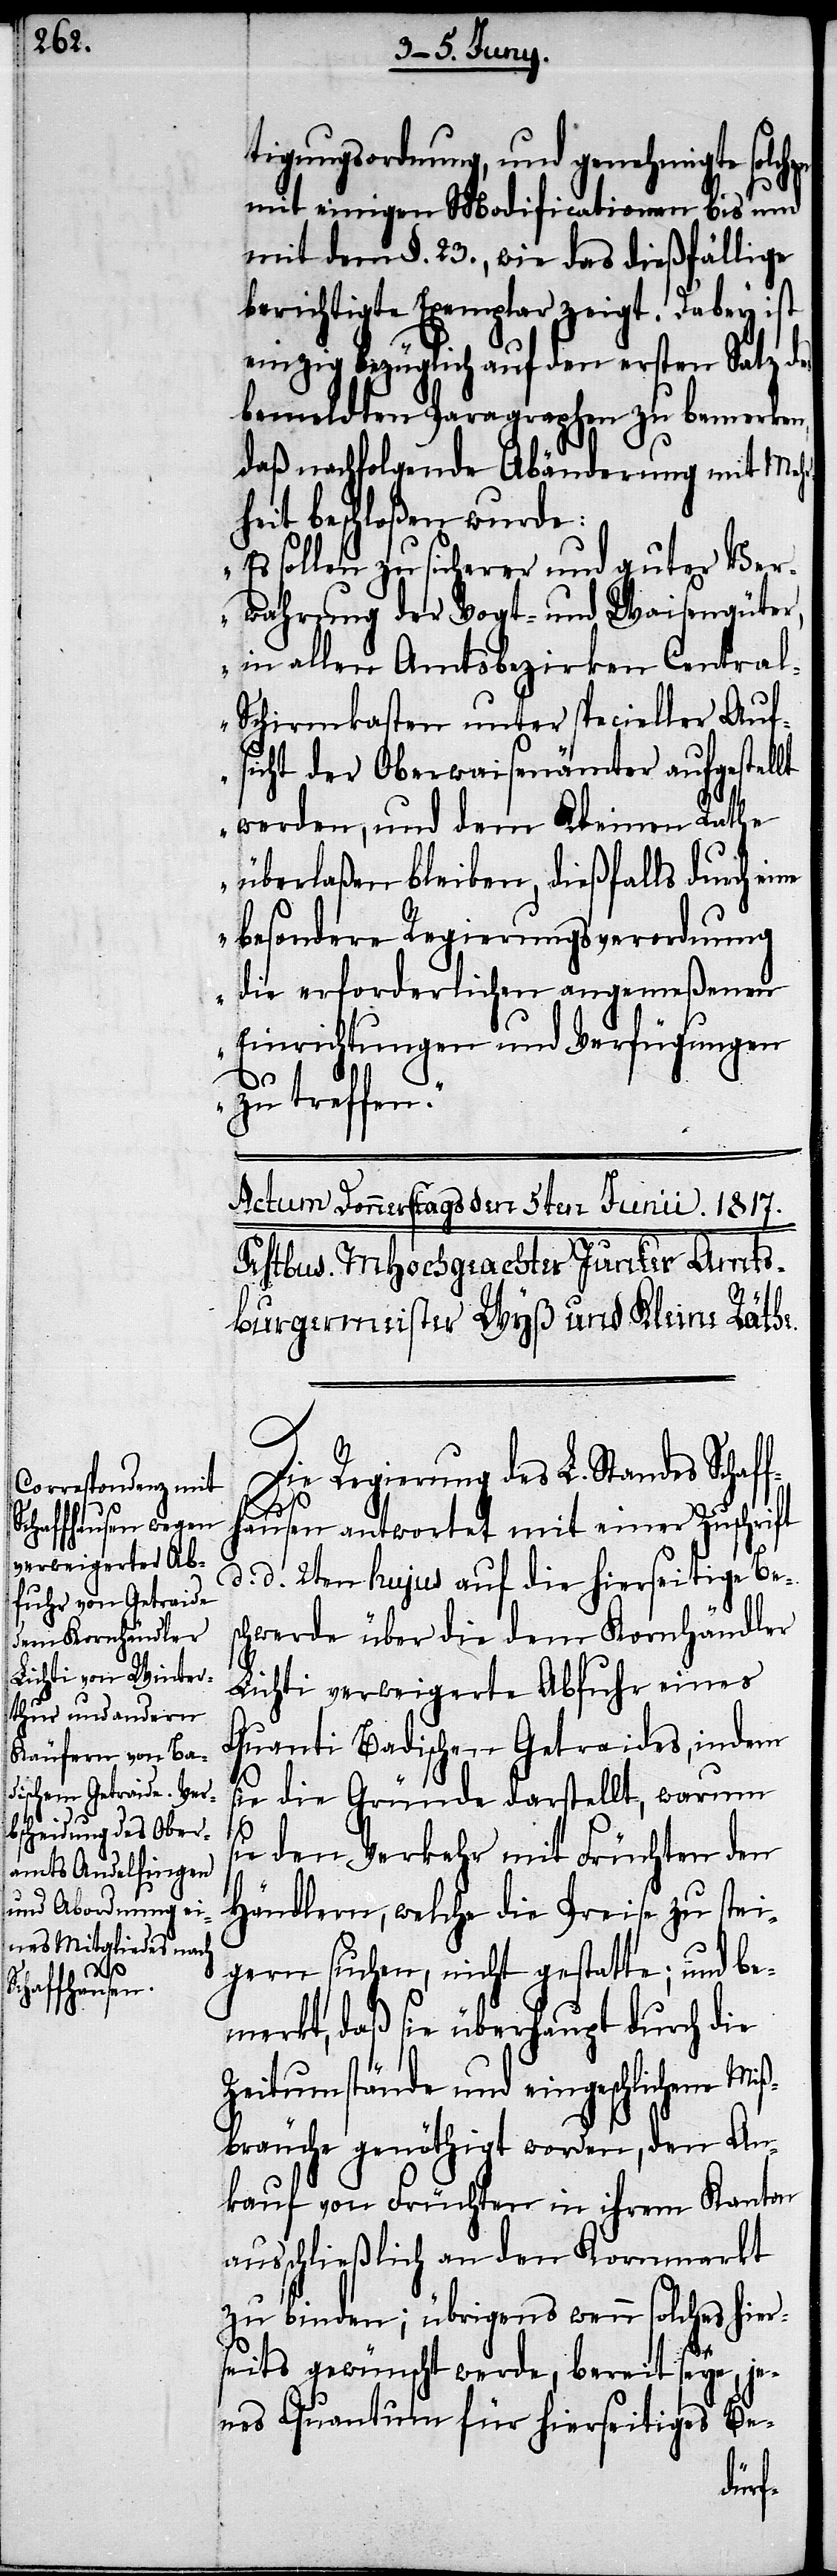
en

tigungsordnung, und genehmigte solch¬
mit einigen Modificationen bis und
mit dem §. 23., wie das dießfällige
berichtigte Exemplar zeigt. Dabey ist
einzig bezüglich auf den ersten Satz des
bemeldten Paragraphen zu bemerken,
daß nachfolgende Abänderung mit Mehr¬
heit beschloßen wurde:
„Es sollen zu sicherer und guter Ver¬
wahrung der Vogt- und Waisengüter,
in allen Amtsbezirken Centra¬
l-Schirmkasten unter specieller Auf¬
sicht der Oberwaisenämter aufgestellt
werden, und dem Kleinen Rathe
überlaßen bleiben, dießfalls durch
besondere Regierungsverordnung
die erforderlichen angemeßenen
Einrichtungen und Verfügungen
zu treffen.“
Die Regierung des L. Standes Schaf¬
fhausen antwortet mit einer Zuschrift
d. d. 2ten hujus auf die hierseitige Bes¬
chwerde über die dem Kornhändler
Lichti verweigerte Abfuhr eines
Quanti Badischen Getraides, indem
sie die Gründe darstellt, warum
sie den Verkehr mit Früchten den
Händlern, welche die Preise zu stei¬
gern suchen, nicht gestatte; und be¬
merkt, daß sie überhaupt durch die
Zeitumstände und eingeschlichene Miß¬
bräuche genöthigt worden, den An¬
kauf von Früchten in ihrem Kanton
ausschließlich an den Kornmarkt
zu binden; übrigens wenn solches hier¬
seits gewünscht werde, bereit seye, je¬
nes Quantum für hierseitiges Be-